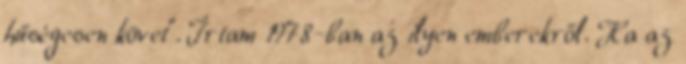
hűségesen követ”. Írtam 1978-ban az ilyen emberekről. Ha az